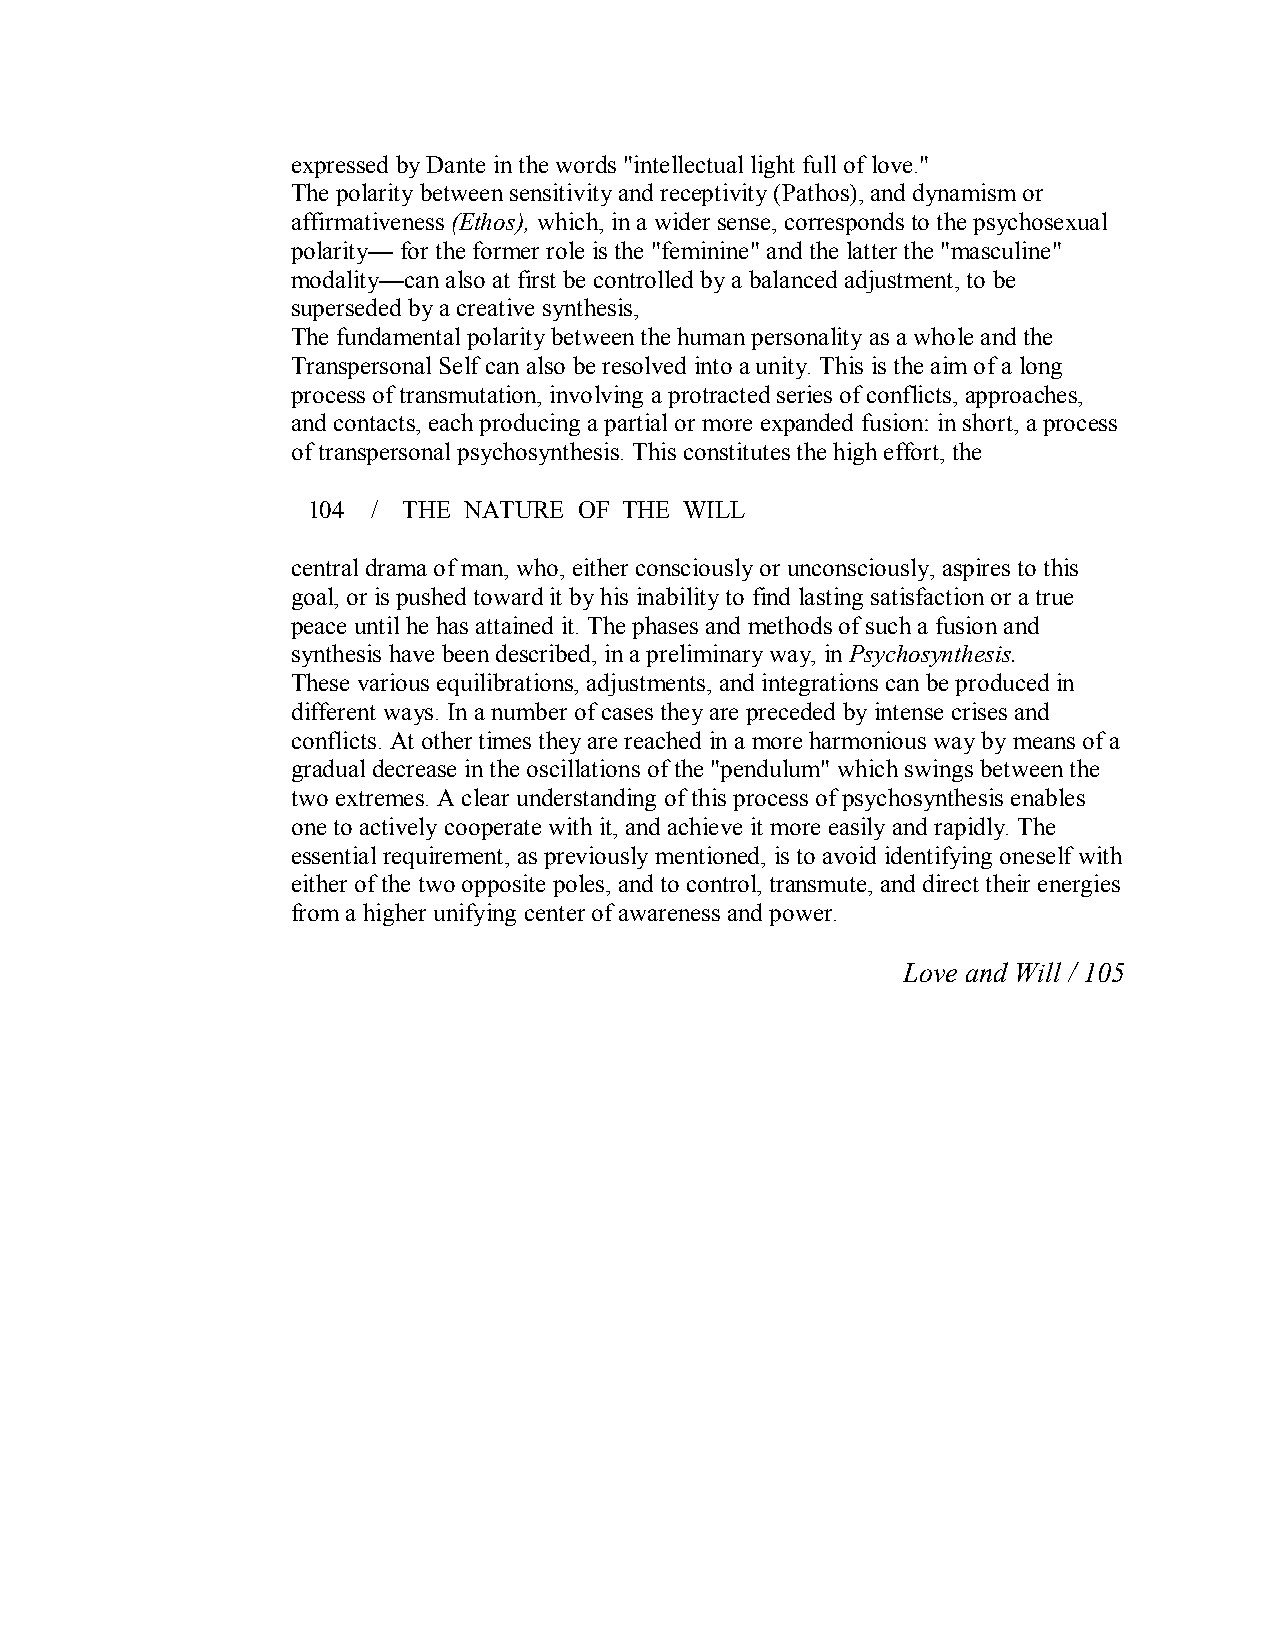
expressed by Dante in the words "intellectual light full of love."
 The polarity between sensitivity and receptivity (Pathos), and dynamism or
 affirmativeness (Ethos), which, in a wider sense, corresponds to the psychosexual
 polarity— for the former role is the "feminine" and the latter the "masculine"
 modality—can also at first be controlled by a balanced adjustment, to be
 superseded by a creative synthesis,
 The fundamental polarity between the human personality as a whole and the
 Transpersonal Self can also be resolved into a unity. This is the aim of a long
 process of transmutation, involving a protracted series of conflicts, approaches,
 and contacts, each producing a partial or more expanded fusion: in short, a process
 of transpersonal psychosynthesis. This constitutes the high effort, the
 104  / THE NATURE OF THE WILL
 central drama of man, who, either consciously or unconsciously, aspires to this
 goal, or is pushed toward it by his inability to find lasting satisfaction or a true
 peace until he has attained it. The phases and methods of such a fusion and
 synthesis have been described, in a preliminary way, in Psychosynthesis.
 These various equilibrations, adjustments, and integrations can be produced in
 different ways. In a number of cases they are preceded by intense crises and
 conflicts. At other times they are reached in a more harmonious way by means of a
 gradual decrease in the oscillations of the "pendulum" which swings between the
 two extremes. A clear understanding of this process of psychosynthesis enables
 one to actively cooperate with it, and achieve it more easily and rapidly. The
 essential requirement, as previously mentioned, is to avoid identifying oneself with
 either of the two opposite poles, and to control, transmute, and direct their energies
 from a higher unifying center of awareness and power.
 Love and Will / 105